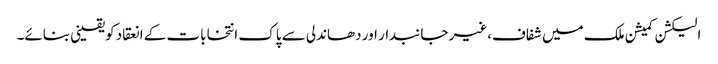
الیکشن کمیشن ملک میں شفاف،غیر جانبدار اور دھاندلی سے پاک انتخابات کے انعقاد کویقینی بنائے۔